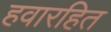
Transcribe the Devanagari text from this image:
हवारहित